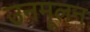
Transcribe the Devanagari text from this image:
उनमूलन